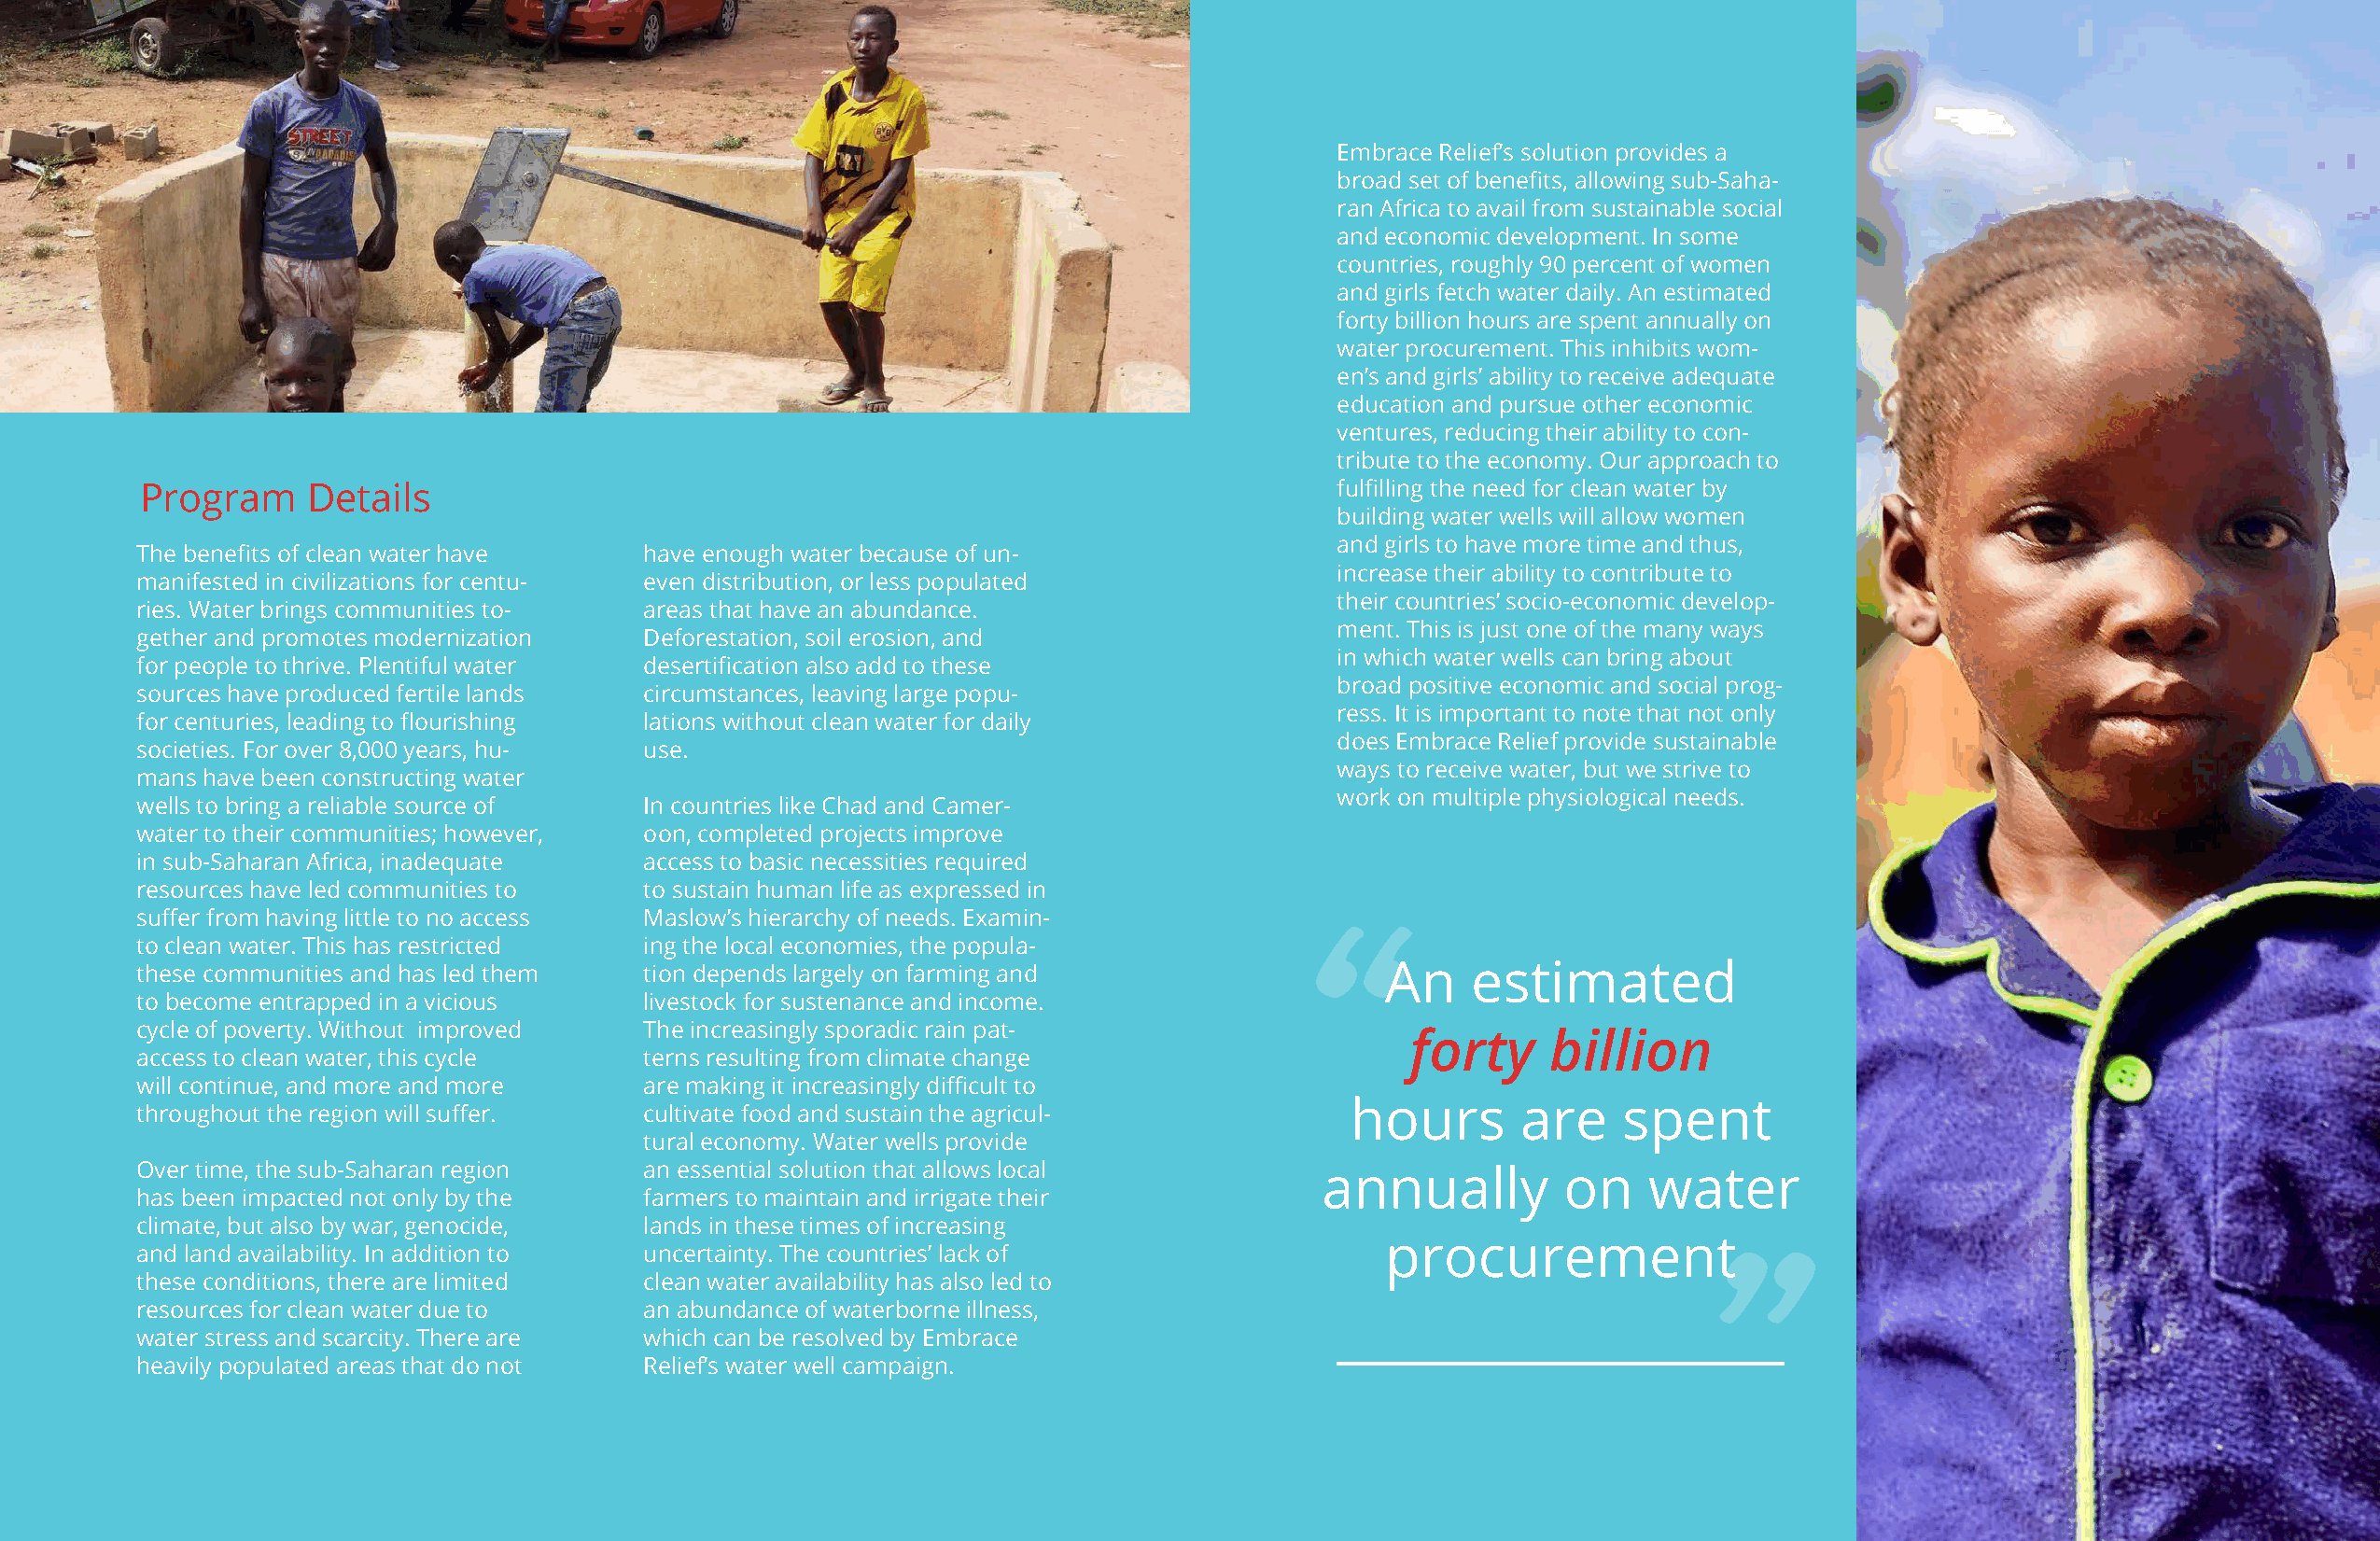
Embrace Relief’s solution provides a
 broad set of benefits, allowing sub-Saha-
 ran Africa to avail from sustainable social
 and economic development. In some
 countries, roughly 90 percent of women
 and girls fetch water daily. An estimated
 forty billion hours are spent annually on
 water procurement. This inhibits wom-
 en’s and girls’ ability to receive adequate
 education and pursue other economic
 ventures, reducing their ability to con-
 tribute to the economy. Our approach to
 Program     Details                                                                  fulfilling the need for clean water by
 building water wells will allow women
 and girls to have more time and thus,
 The benefits of clean water have    have enough water because of un-
 increase their ability to contribute to
 manifested in civilizations for centu- even distribution, or less populated
 their countries’ socio-economic develop-
 ries. Water brings communities to-  areas that have an abundance.
 ment. This is just one of the many ways
 gether and promotes modernization   Deforestation, soil erosion, and
 in which water wells can bring about
 for people to thrive. Plentiful water desertification also add to these
 broad positive economic and social prog-
 sources have produced fertile lands circumstances, leaving large popu-
 ress. It is important to note that not only
 for centuries, leading to flourishing lations without clean water for daily
 does Embrace Relief provide sustainable
 societies. For over 8,000 years, hu- use.
 ways to receive water, but we strive to
 mans have been constructing water
 work on multiple physiological needs.
 wells to bring a reliable source of In countries like Chad and Camer-
 water to their communities; however, oon, completed projects improve
 in sub-Saharan Africa, inadequate   access to basic necessities required
 resources have led communities to   to sustain human life as expressed in
 suffer from having little to no access Maslow’s hierarchy of needs. Examin-
 “
 to clean water. This has restricted ing the local economies, the popula-
 these communities and has led them  tion depends largely on farming and                 An    estimated
 “
 to become entrapped in a vicious    livestock for sustenance and income.
 cycle of poverty. Without improved  The increasingly sporadic rain pat-
 forty     billion
 access to clean water, this cycle   terns resulting from climate change
 will continue, and more and more    are making it increasingly difficult to
 hours       are    spent
 throughout the region will suffer.  cultivate food and sustain the agricul-
 tural economy. Water wells provide
 Over time, the sub-Saharan region   an essential solution that allows local         annually         on    water
 has been impacted not only by the   farmers to maintain and irrigate their
 climate, but also by war, genocide, lands in these times of increasing
 procurement
 and land availability. In addition to uncertainty. The countries’ lack of
 these conditions, there are limited clean water availability has also led to
 resources for clean water due to    an abundance of waterborne illness,
 water stress and scarcity. There are which can be resolved by Embrace
 heavily populated areas that do not Relief’s water well campaign.